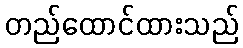
တည်ထောင်ထားသည်